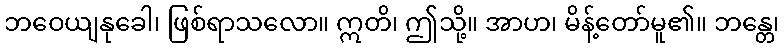
ဘဝေယျနုခေါ၊ ဖြစ်ရာသလော။ ဣတိ၊ ဤသို့။ အာဟ၊ မိန့်တော်မူ၏။ ဘန္တေ၊